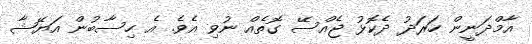
އާމްދަނީން ހަރަދު ދެކޮޅު ޖެއްސޭ ގޮތެއް ނުވި އެވެ. އެ ހިސާބުން އަޔޭޝާ